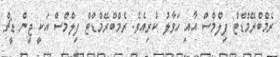
ރެމްބްރޭމްޑްޓް ފިލްމްސް އާއި ހަވާލު ކުރިއެވެ. ރެމްބްރޭމްޑްޓް ފިލްމްސް އަކީ ޖީން ޑީޗް